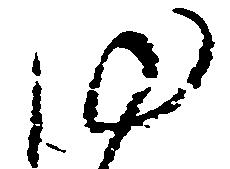
ゆ